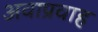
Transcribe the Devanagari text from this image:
अवाप्रवाह